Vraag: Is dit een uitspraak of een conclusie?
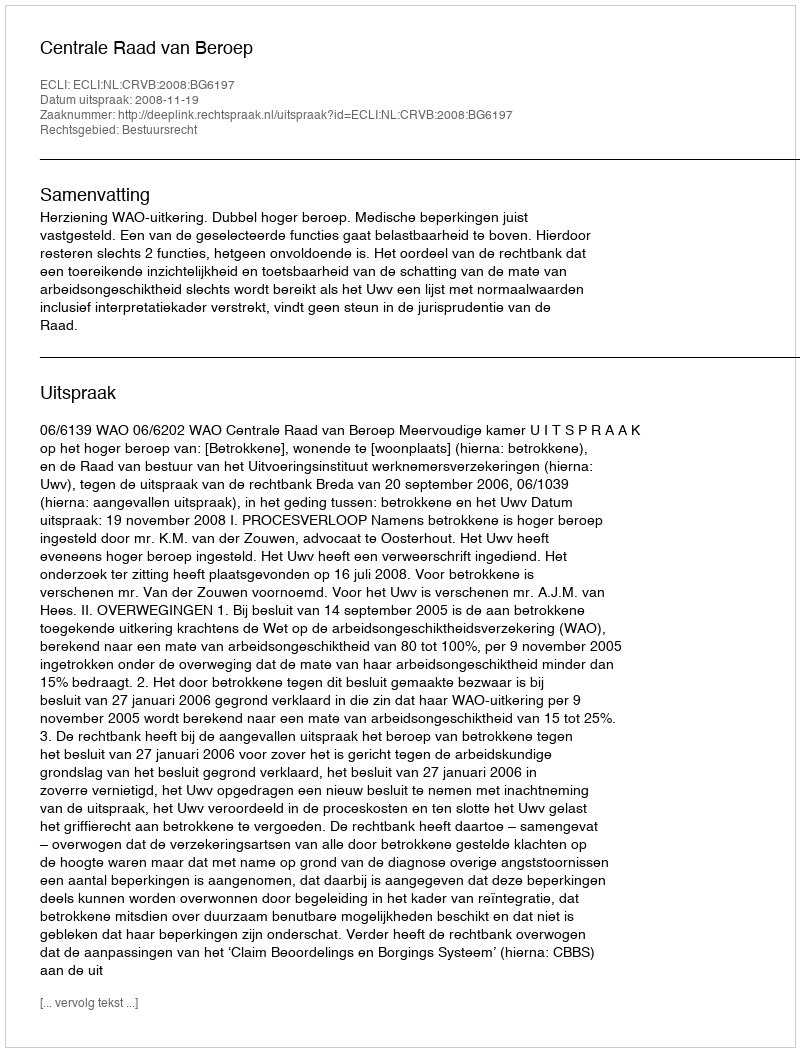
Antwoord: Uitspraak